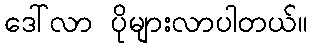
ဒေါ်လာ ပိုများလာပါတယ်။